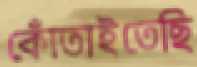
কোঁতাইতেছি